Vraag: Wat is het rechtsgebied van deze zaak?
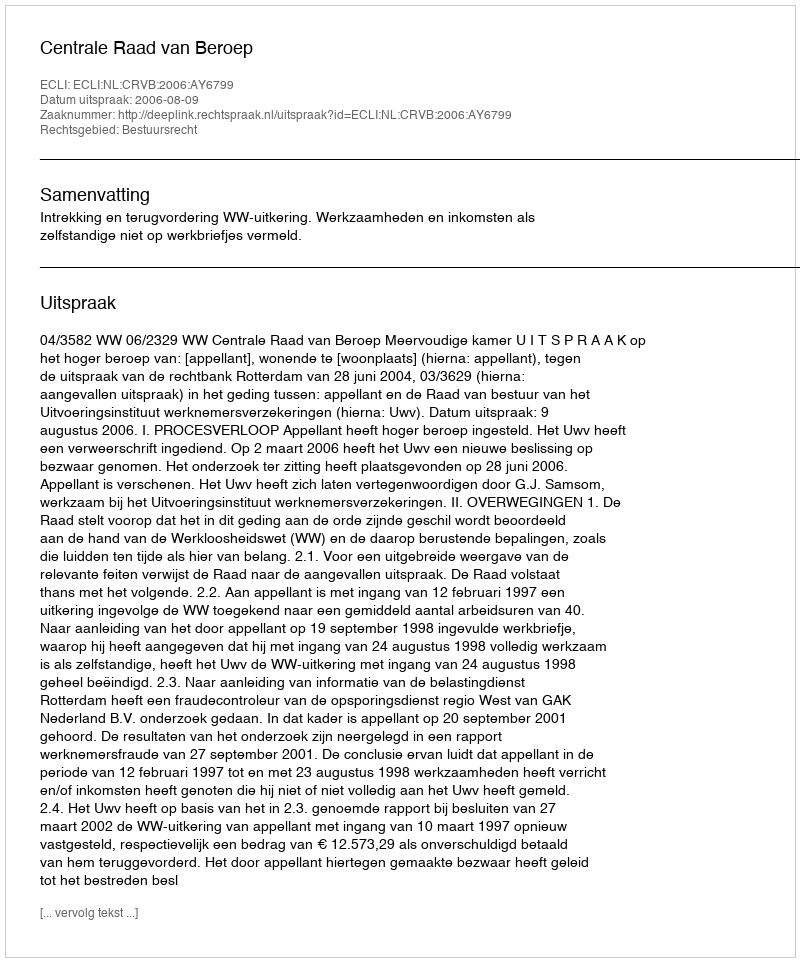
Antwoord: Bestuursrecht